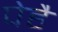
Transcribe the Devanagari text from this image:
पेहै